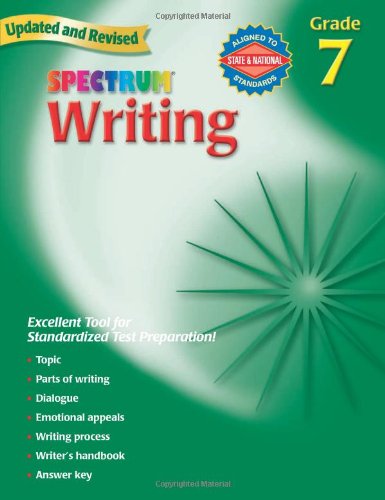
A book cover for Writing, Grade 7 (Spectrum); Spectrum; Teen & Young Adult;